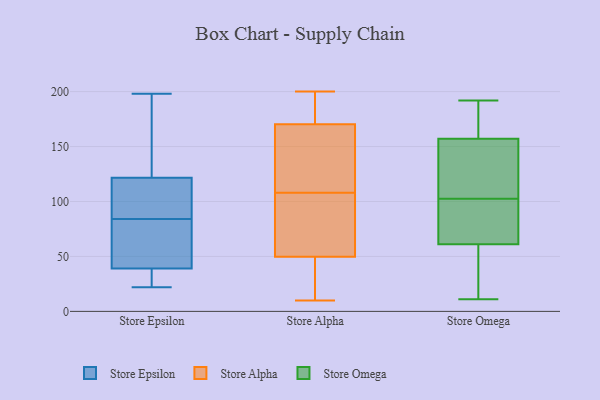
{"axis": {"x": "Net Income (USD K)", "y": "Value"}, "legend": ["Store Alpha", "Store Epsilon", "Store Omega"], "data": [{"x": "", "y": 177, "type": "Store Epsilon"}, {"x": "", "y": 84, "type": "Store Epsilon"}, {"x": "", "y": 66, "type": "Store Epsilon"}, {"x": "", "y": 34, "type": "Store Epsilon"}, {"x": "", "y": 126, "type": "Store Epsilon"}, {"x": "", "y": 22, "type": "Store Epsilon"}, {"x": "", "y": 95, "type": "Store Epsilon"}, {"x": "", "y": 51, "type": "Store Epsilon"}, {"x": "", "y": 108, "type": "Store Epsilon"}, {"x": "", "y": 101, "type": "Store Epsilon"}, {"x": "", "y": 198, "type": "Store Epsilon"}, {"x": "", "y": 36, "type": "Store Epsilon"}, {"x": "", "y": 33, "type": "Store Epsilon"}, {"x": "", "y": 48, "type": "Store Epsilon"}, {"x": "", "y": 187, "type": "Store Epsilon"}, {"x": "", "y": 58, "type": "Store Alpha"}, {"x": "", "y": 136, "type": "Store Alpha"}, {"x": "", "y": 17, "type": "Store Alpha"}, {"x": "", "y": 60, "type": "Store Alpha"}, {"x": "", "y": 186, "type": "Store Alpha"}, {"x": "", "y": 165, "type": "Store Alpha"}, {"x": "", "y": 137, "type": "Store Alpha"}, {"x": "", "y": 108, "type": "Store Alpha"}, {"x": "", "y": 10, "type": "Store Alpha"}, {"x": "", "y": 154, "type": "Store Alpha"}, {"x": "", "y": 200, "type": "Store Alpha"}, {"x": "", "y": 15, "type": "Store Alpha"}, {"x": "", "y": 17, "type": "Store Alpha"}, {"x": "", "y": 58, "type": "Store Alpha"}, {"x": "", "y": 173, "type": "Store Alpha"}, {"x": "", "y": 172, "type": "Store Alpha"}, {"x": "", "y": 200, "type": "Store Alpha"}, {"x": "", "y": 87, "type": "Store Alpha"}, {"x": "", "y": 47, "type": "Store Alpha"}, {"x": "", "y": 111, "type": "Store Omega"}, {"x": "", "y": 11, "type": "Store Omega"}, {"x": "", "y": 175, "type": "Store Omega"}, {"x": "", "y": 192, "type": "Store Omega"}, {"x": "", "y": 61, "type": "Store Omega"}, {"x": "", "y": 59, "type": "Store Omega"}, {"x": "", "y": 154, "type": "Store Omega"}, {"x": "", "y": 80, "type": "Store Omega"}, {"x": "", "y": 157, "type": "Store Omega"}, {"x": "", "y": 101, "type": "Store Omega"}, {"x": "", "y": 104, "type": "Store Omega"}, {"x": "", "y": 62, "type": "Store Omega"}, {"x": "", "y": 68, "type": "Store Omega"}, {"x": "", "y": 181, "type": "Store Omega"}, {"x": "", "y": 106, "type": "Store Omega"}, {"x": "", "y": 188, "type": "Store Omega"}, {"x": "", "y": 16, "type": "Store Omega"}, {"x": "", "y": 35, "type": "Store Omega"}]}